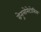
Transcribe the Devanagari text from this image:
ग्रेनुलोमेटोसिस